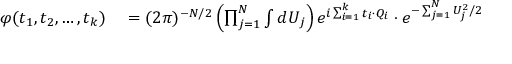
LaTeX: \begin{array} { r l } { \varphi ( t _ { 1 } , t _ { 2 } , \ldots , t _ { k } ) } & { { } = ( 2 \pi ) ^ { - N / 2 } \left( \prod _ { j = 1 } ^ { N } \int d U _ { j } \right) e ^ { i \sum _ { i = 1 } ^ { k } t _ { i } \cdot Q _ { i } } \cdot e ^ { - \sum _ { j = 1 } ^ { N } U _ { j } ^ { 2 } / 2 } } \end{array}